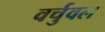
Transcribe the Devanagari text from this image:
वर्चुवल